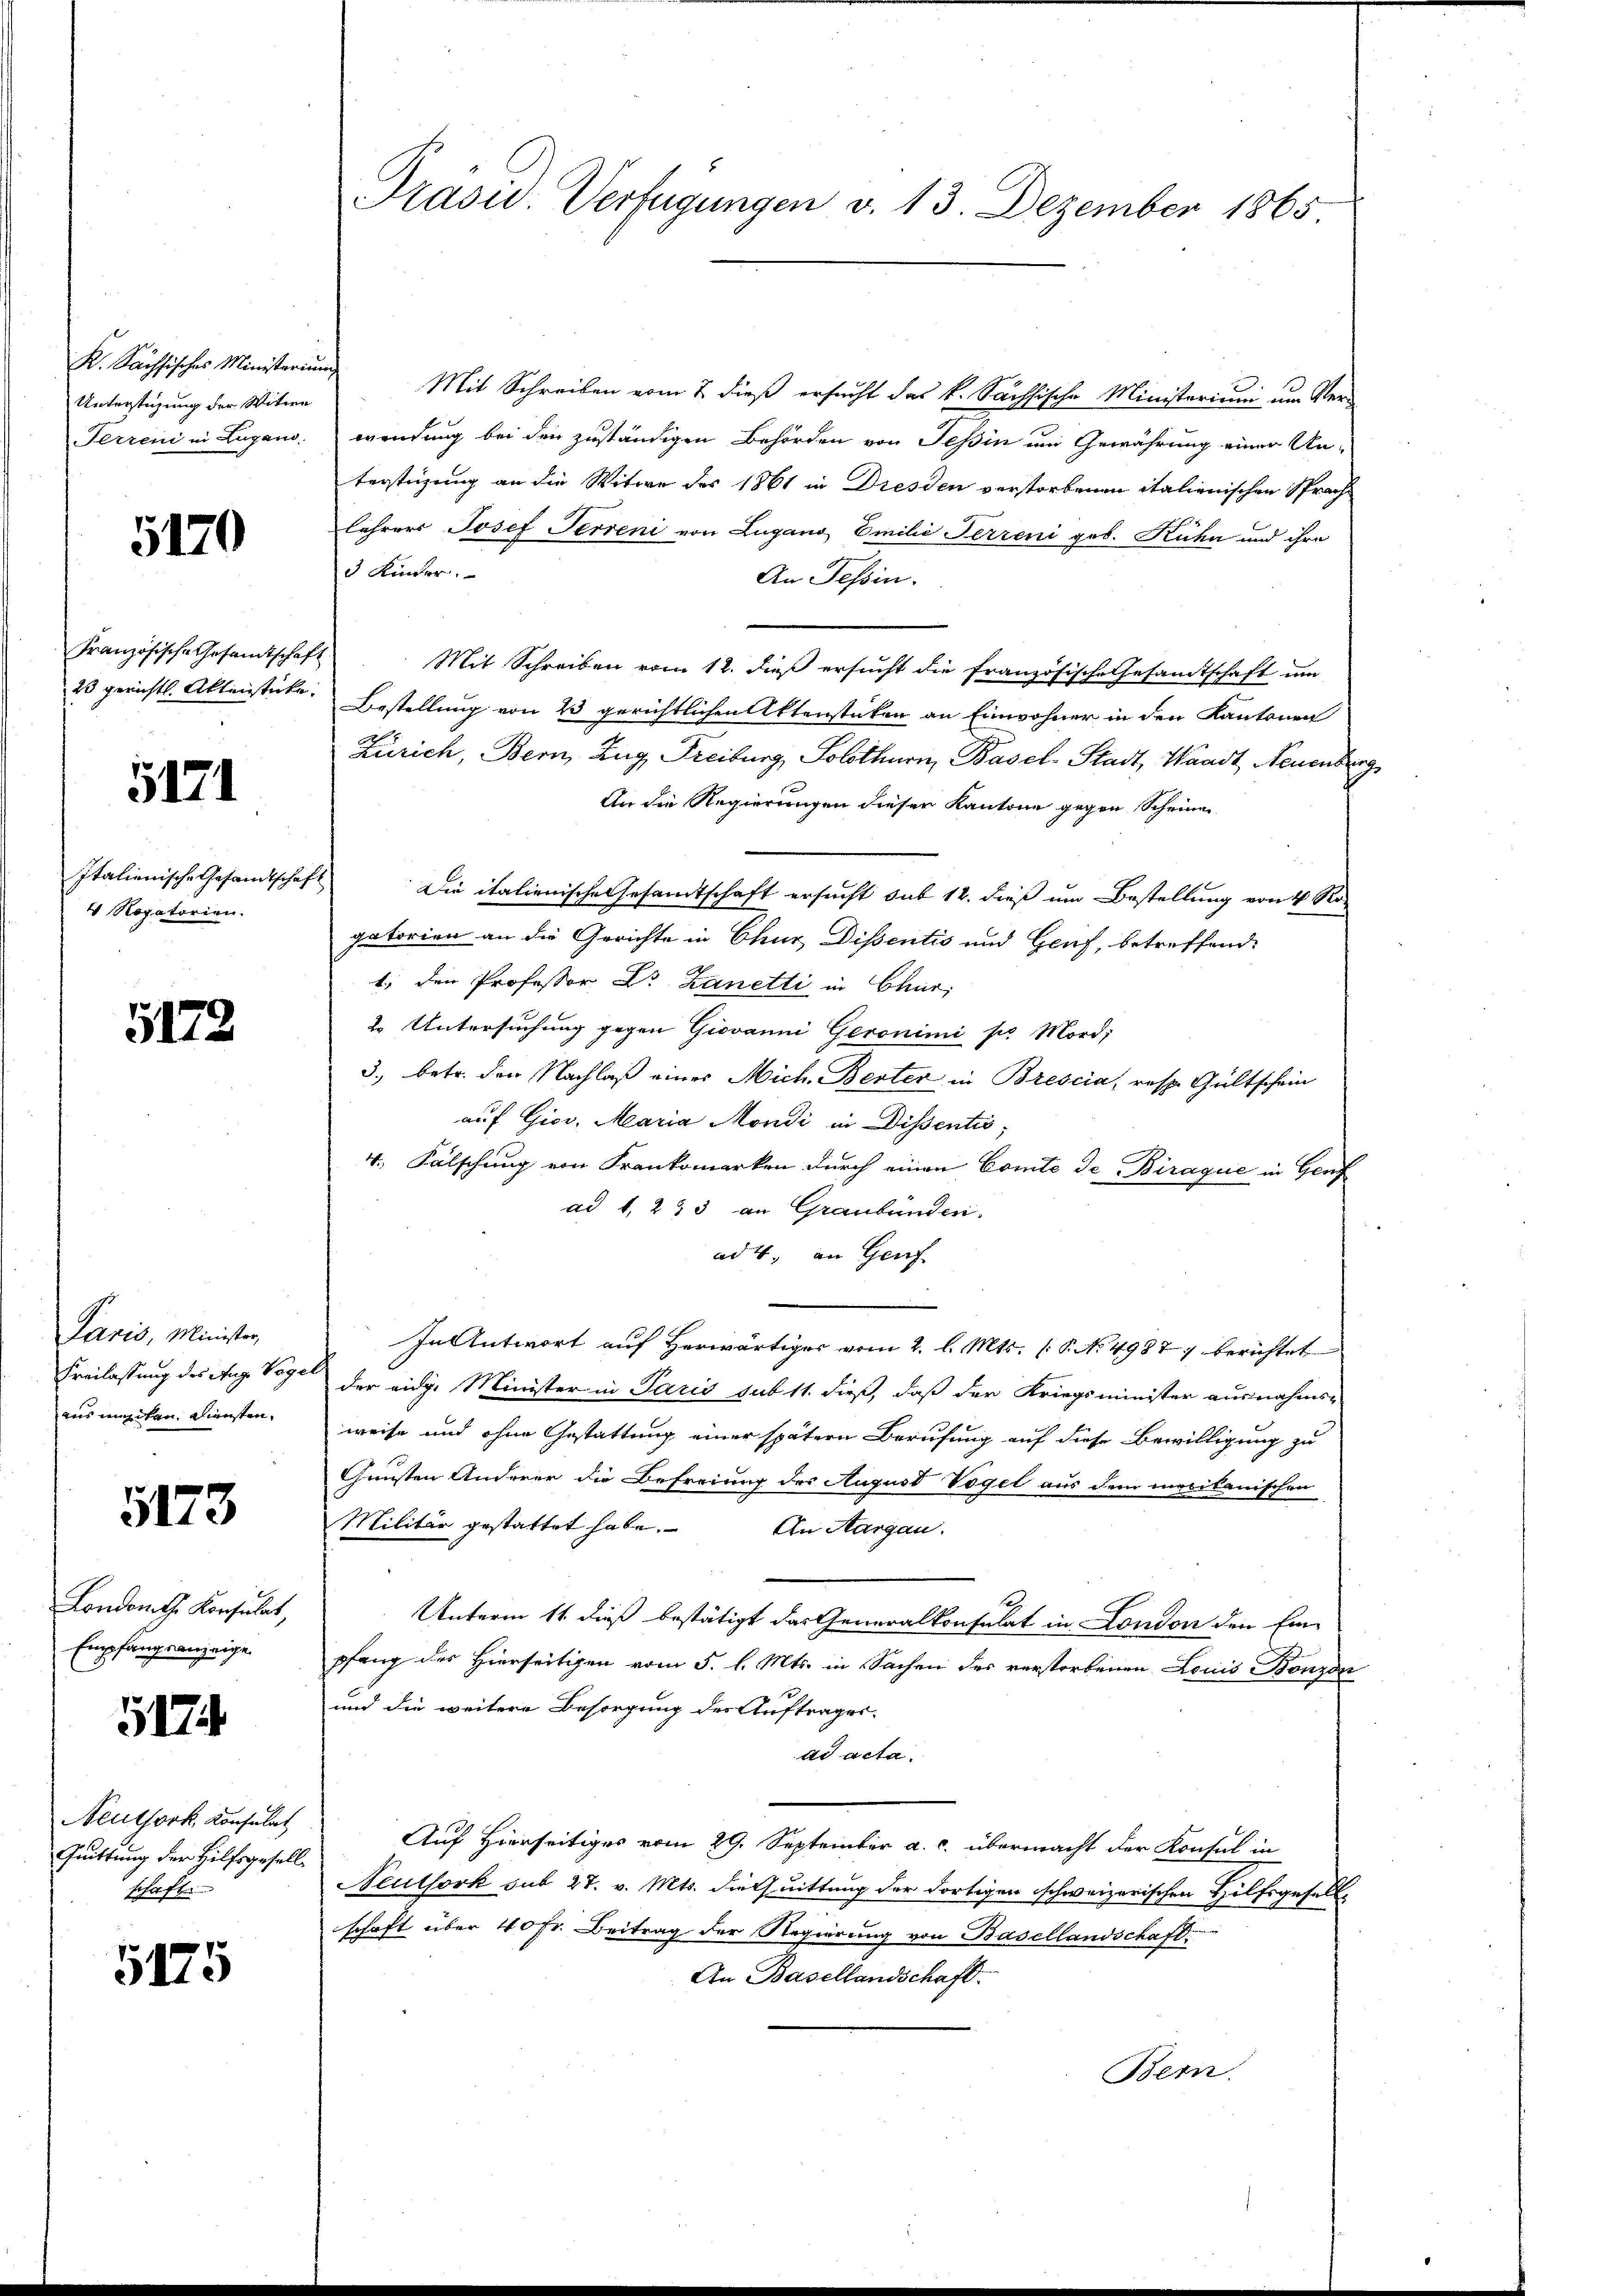
K. Sächsisches Ministerium
Unterstüzung der Witwe
Ferreni in Lugano.

5170

Französische Gesamtschaf
23 gerichtl. Aktinsticke.

5171

Italienische Gesandtschaf
4 Rogatorien.

5173

Paris, Minister,
Freilassung des Aug. Voge
aus müsten Diensten.

5173

Londomth Konsulat,
Empfangsanzeige

5174

Neuthork, Konsulat
Quittung der Hilfsgesellschaft.

5175

Präsid. Verfügungen v. 13. Dezember 1865

Mit Schreiben vom 7. dieß ersucht das k. Sächsische Ministerium um Ver-
wendung bei den zuständigen Behörden von Tessin um Gewährung einer Unterstigung an die Witwe des 1861 in Dresden verstorbenen italienischen Sprache
lehrers Josef Terreni von Lugano Emilie Ferreni geb. Kuhn und ihre
3 Kinder.
An Tessin.
Mit Schreiben vom 12. dieß ersucht die Französische Gesamtschaft um
Bestellung von 13 gerichtlichen Aktenstücken an Einwohner in den Kantonen
Zürich, Bern, Zug Freiburg, Solothurn, Basel-Stadt, Waadt, Neuenburg
An die Regierungen dieser Kantone gegen Scheinen
f Die italienische Gesamtschaft ersucht sub 12. dieß um Bestellung von 4 Ro-
gatorien an die Gerichte in Chur Dissentis und Genf, betreffend
1., den Professor Dr Zanetti in Chur,
2 Untersuchung gegen Giovanni Geronimi per Mord;
3. betr. den Nachlaß eines Mich. Bester in Brescia, resp. Gültschein
auf Gior. Maria Mondi in Dissentio
4., Fälschung von Frankomerken durch einen Comte de Biraque in Genf
ad 1, 253 an Graubünden.
ad 4. an Genf.
In Antwort auf Herwärtiges vom 2. l. Mts. (T. No. 4987 berichtet
der eidg. Minister in Paris sub 11. dieß, daß der Kriegsminister ausnahms-
weise und ohne Gestattung einer spätern Berufung auf diese Bewilligung zu
Gunsten Anderer die Befreiung des August Vögel aus dem macitanischen
Militär gestattet habe. An Aargau.
Unterm 11. dieß bestätigt das Generalkonsulat in London der Ein-
pfang des Hierseitigen vom 5. l. Mts. in Sachen des verstorbenen Louis Bonzon
und die weitere Besorgung des Auftrages.
ad acta.
Auf Hierseitiges vom 29. September a. c. übermacht der Konsul in
Neuthork sub 27. v. Mts. die Quittung der dortigen schweizerischen Hilfsgesellschaft über 40 fr. Beitrag der Regierung von Basellandschaft.
An Basellandschaft.
Bern.